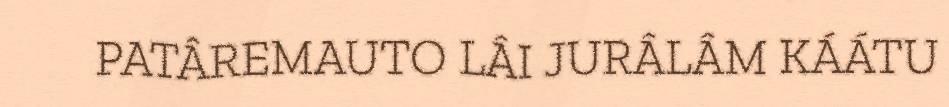
PATÂREMAUTO LÂI JURÂLÂM KÁÁTU